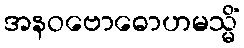
အနဝဗောဓောဟမသ္မိံ